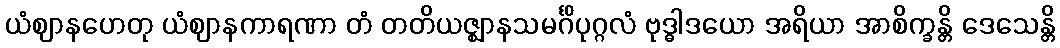
ယံဈာနဟေတု ယံဈာနကာရဏာ တံ တတိယဇ္ဈာနသမင်္ဂိပုဂ္ဂလံ ဗုဒ္ဓါဒယော အရိယာ အာစိက္ခန္တိ ဒေသေန္တိ